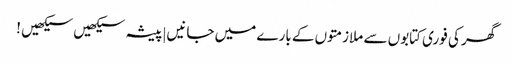
گھر کی فوری کتابوں سے ملازمتوں کے بارے میں جانیں|پیشہ سیکھیں سیکھیں !